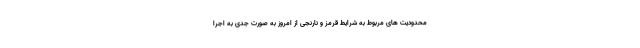
محدودیت های مربوط به شرایط قرمز و نارنجی از امروز به صورت جدی به اجرا